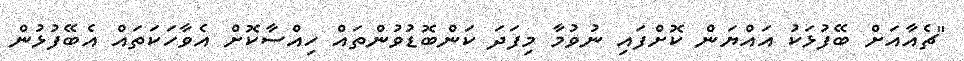
"ޗެއާއަށް ބޭފުޅަކު އައްޔަން ކޮށްފައި ނުވުމާ މިފަދަ ކަންބޮޑުވުންތައް ހިއްސާކޮށް އެވާހަކަތައް އެބޭފުޅުން